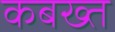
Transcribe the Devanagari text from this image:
कबख्त